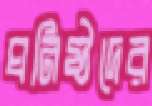
ঘনিষ্ঠদের